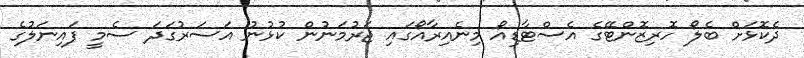
ދެކޮޅަށް ބެލޯ ހޮރިޒޮންޓޭގެ އެސްޓާޑިއޯ މިނެއިރާއޯގައި ޖަރުމަނުން ކުޅުނު އަސަރުގަދަ ސެމީ ފައިނަލުގެ